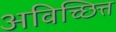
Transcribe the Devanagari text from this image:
अविच्छित्त